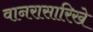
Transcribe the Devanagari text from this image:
वानरासारिखे